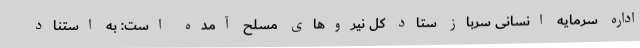
اداره سرمایه انسانی سرباز ستاد کل نیروهای مسلح آمده است: به استناد